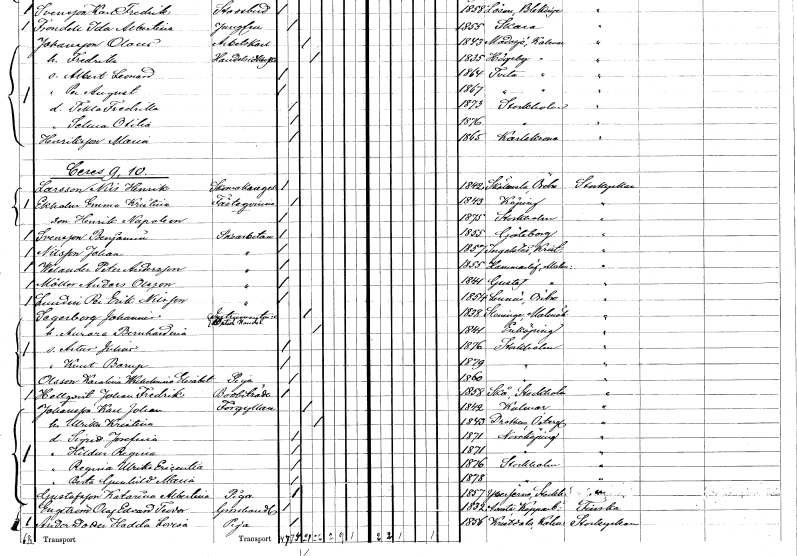
gt_parse: households: individuals: FN: Nils Henrik
EN: Larsson
YRKE: Skomakaregesäll
KON: M
CIV: O
FODAR: 1842
FODFORS: Sköllersta Örebro län
FN: Emma Kristina
EN: Ekholm
KON: K
CIV: O
FODAR: 1843
FODFORS: Köping Västmanlands län
FN: Henrik Napoleon
KON: M
CIV: O
FODAR: 1875
FODFORS: Stockholm
FN: Benjamin
EN: Svensson
YRKE: Skoarbetare
KON: M
CIV: O
FODAR: 1855
FODFORS: Göteborg Göteborgs- och Bohuslän
FN: Johan
EN: Nilsson
YRKE: Skoarbetare
KON: M
CIV: O
FODAR: 1857
FODFORS: Ingelstad Kristianstads län
FN: Peter
EN: Walander Andersson
YRKE: Skoarbetare
KON: M
CIV: O
FODAR: 1855
FODFORS: Hammarlöv Malmöhus län
FN: Anders
EN: Möller Olsson
YRKE: Skoarbetare
KON: M
CIV: O
FODAR: 1844
FODFORS: Gustav Adolf Malmöhus län
FN: Per Erik
EN: Lundin Nilsson
YRKE: Skoarbetare
KON: M
CIV: O
FODAR: 1854
FODFORS: Lännäs Örebro län
FN: Johannis
EN: Segerborg
YRKE: Instrumentmakare Handlande
KON: M
CIV: G
FODAR: 1838
FODFORS: Steninge Hallands län
FN: Aurora Bernhardina
KON: K
CIV: G
FODAR: 1841
FODFORS: Enköping Uppsala län
FN: Artur Julius
KON: M
CIV: O
FODAR: 1876
FODFORS: Stockholm
FN: Knut Barup
KON: M
CIV: O
FODAR: 1879
FODFORS: Stockholm
FN: Karolina Wilhelmina Elisabet
EN: Olsson
YRKE: Piga
KON: K
CIV: O
FODAR: 1860
FODFORS: Stockholm
FN: Johan Fredrik
EN: Hellqvist
YRKE: Bodbiträde
KON: M
CIV: O
FODAR: 1858
FODFORS: Skå Stockholms län
FN: Karl Johan
EN: Johansson
YRKE: Förgyllare
KON: M
CIV: G
FODAR: 1842
FODFORS: Kalmar Kalmar län
FN: Ulrika Kristina
KON: K
CIV: G
FODAR: 1843
FODFORS: Drothem Östergötlands län
FN: Sigrid Josefina
KON: K
CIV: O
FODAR: 1871
FODFORS: Norrköping Östergötlands län
FN: Hildur Regina
KON: K
CIV: O
FODAR: 1871
FODFORS: Norrköping Östergötlands län
FN: Regina Ulrika Ericentia
KON: K
CIV: O
FODAR: 1876
FODFORS: Stockholm
FN: Berta Gunhild Maria
KON: K
CIV: O
FODAR: 1878
FODFORS: Stockholm
FN: Katarina Albertina
EN: Gustafsson
YRKE: Piga
KON: K
CIV: O
FODAR: 1857
FODFORS: Ytterjärna Stockholms län
FN: Olof Edvard Teodor
EN: Engström
YRKE: Grosshandlare
KON: M
CIV: O
FODAR: 1832
FODFORS: Avesta Kopparbergs län
FN: Hedda Lovisa
EN: Andersdotter
YRKE: Piga
KON: K
CIV: O
FODAR: 1856
FODFORS: Kristdala Kalmar län